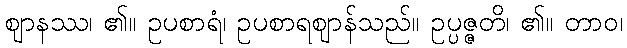
ဈာနဿ၊ ၏။ ဥပစာရံ၊ ဥပစာရဈာန်သည်။ ဥပ္ပဇ္ဇတိ၊ ၏။ တာဝ၊